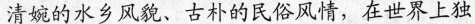
清婉的水乡风貌、古朴的民俗风情，在世界上独